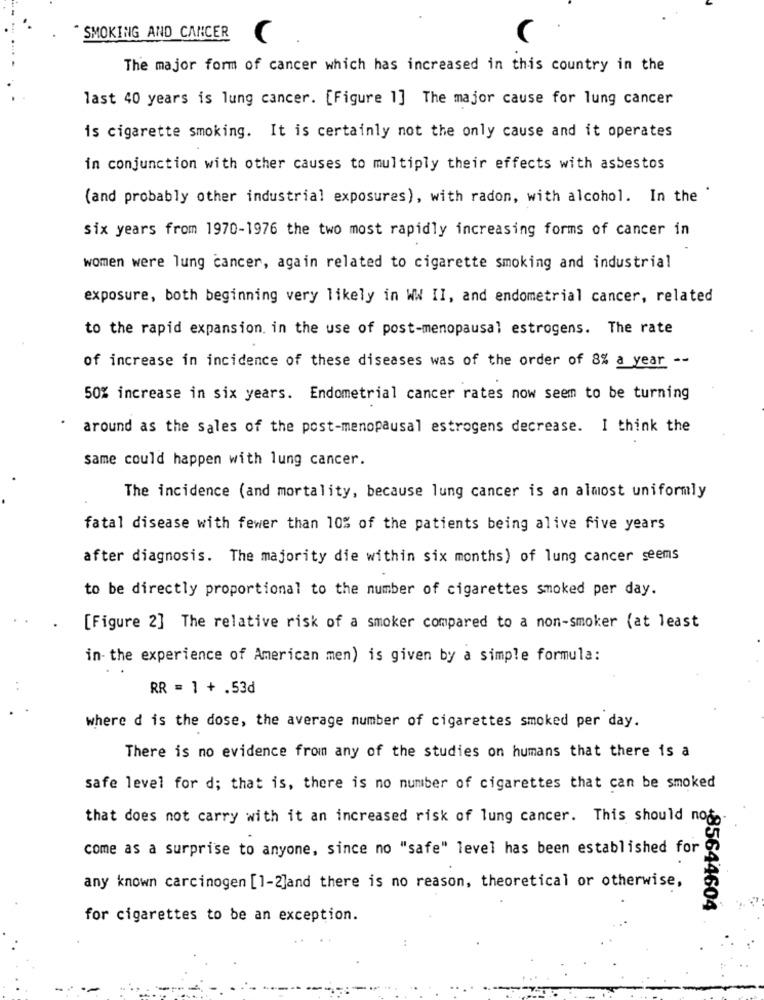
" SMOKING AND CANCER
The major form of cancer which has increased in this country in the
last 40 years is lung cancer. [Figure 1] The major cause for lung cancer
is cigarette smoking. It is certainly not the only cause and it operates
in conjunction with other causes to multiply their effects with asbestos
(and probably other industrial exposures), with radon, with alcohol. In the '
six years from 1970-1976 the two most rapidly increasing forms of cancer in
women were lung cancer, again related to cigarette smoking and industrial
exposure, both beginning very likely in WW II, and endometrial cancer, related
to the rapid expansion. in the use of post-menopausal estrogens. The rate
of increase in incidence of these diseases was of the order of 8% a year --
50% increase in six years. Endometrial cancer rates now seem to be turning
around as the sales of the post-menopausal estrogens decrease. I think the
same could happen with lung cancer.
The incidence (and mortality, because lung cancer is an almost uniformly
fatal disease with fewer than 10% of the patients being alive five years
after diagnosis. The majority die within six months) of lung cancer seems
to be directly proportional to the number of cigarettes smoked per day.
[Figure 2] The relative risk of a smoker compared to a non-smoker (at least
in- the experience of American men) is given by a simple formula:
RR = 1 + .53d
where d is the dose, the average number of cigarettes smoked per day.
There is no evidence from any of the studies on humans that there is a
safe level for d; that is, there is no number of cigarettes that can be smoked
that does not carry with it an increased risk of lung cancer. This should not.
come as a surprise to anyone, since no "safe" level has been established for
any known carcinogen [1-2]and there is no reason, theoretical or otherwise,
+85644604
for cigarettes to be an exception.